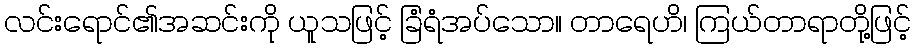
လင်းရောင်၏အဆင်းကို ယူသဖြင့် ခြံရံအပ်သော။ တာရေဟိ၊ ကြယ်တာရာတို့ဖြင့်